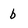
Character: b